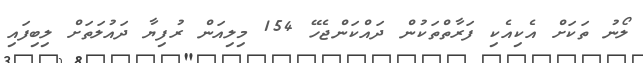
ލޯނު ތަކަށް އެކިއެކި ފަރާތްތަކުން ދައްކަންޖެހޭ 154 މިލިއަން ރުފިޔާ ދައުލަތަށް ލިބިފައި